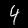
Label: 4